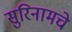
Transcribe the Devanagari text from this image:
सुरिनामचे